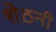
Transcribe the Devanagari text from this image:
शेठनी